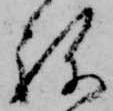
ね